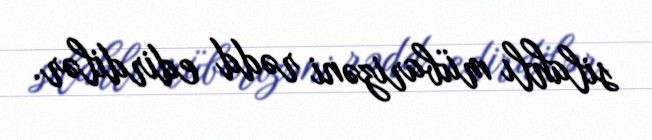
silahlı mübarizəni rədd edirdilər.